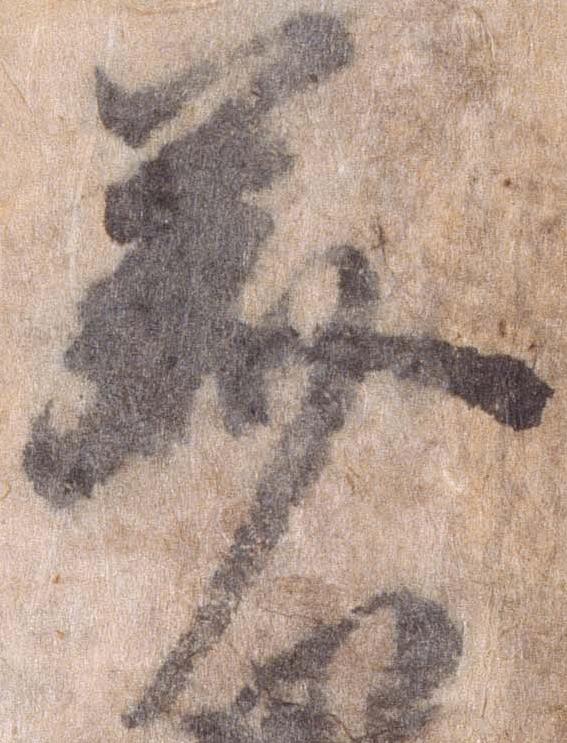
美